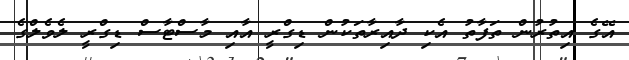
އޭގެ އިތުރުން ތަފާތު އެކި ދާއިރާތަކުން ޑިގްރީ އާއި މާސްޓާސް ޑިގްރީ ލެވެލްގެ